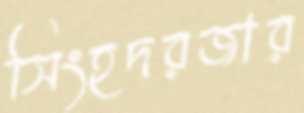
সিংহদরজার